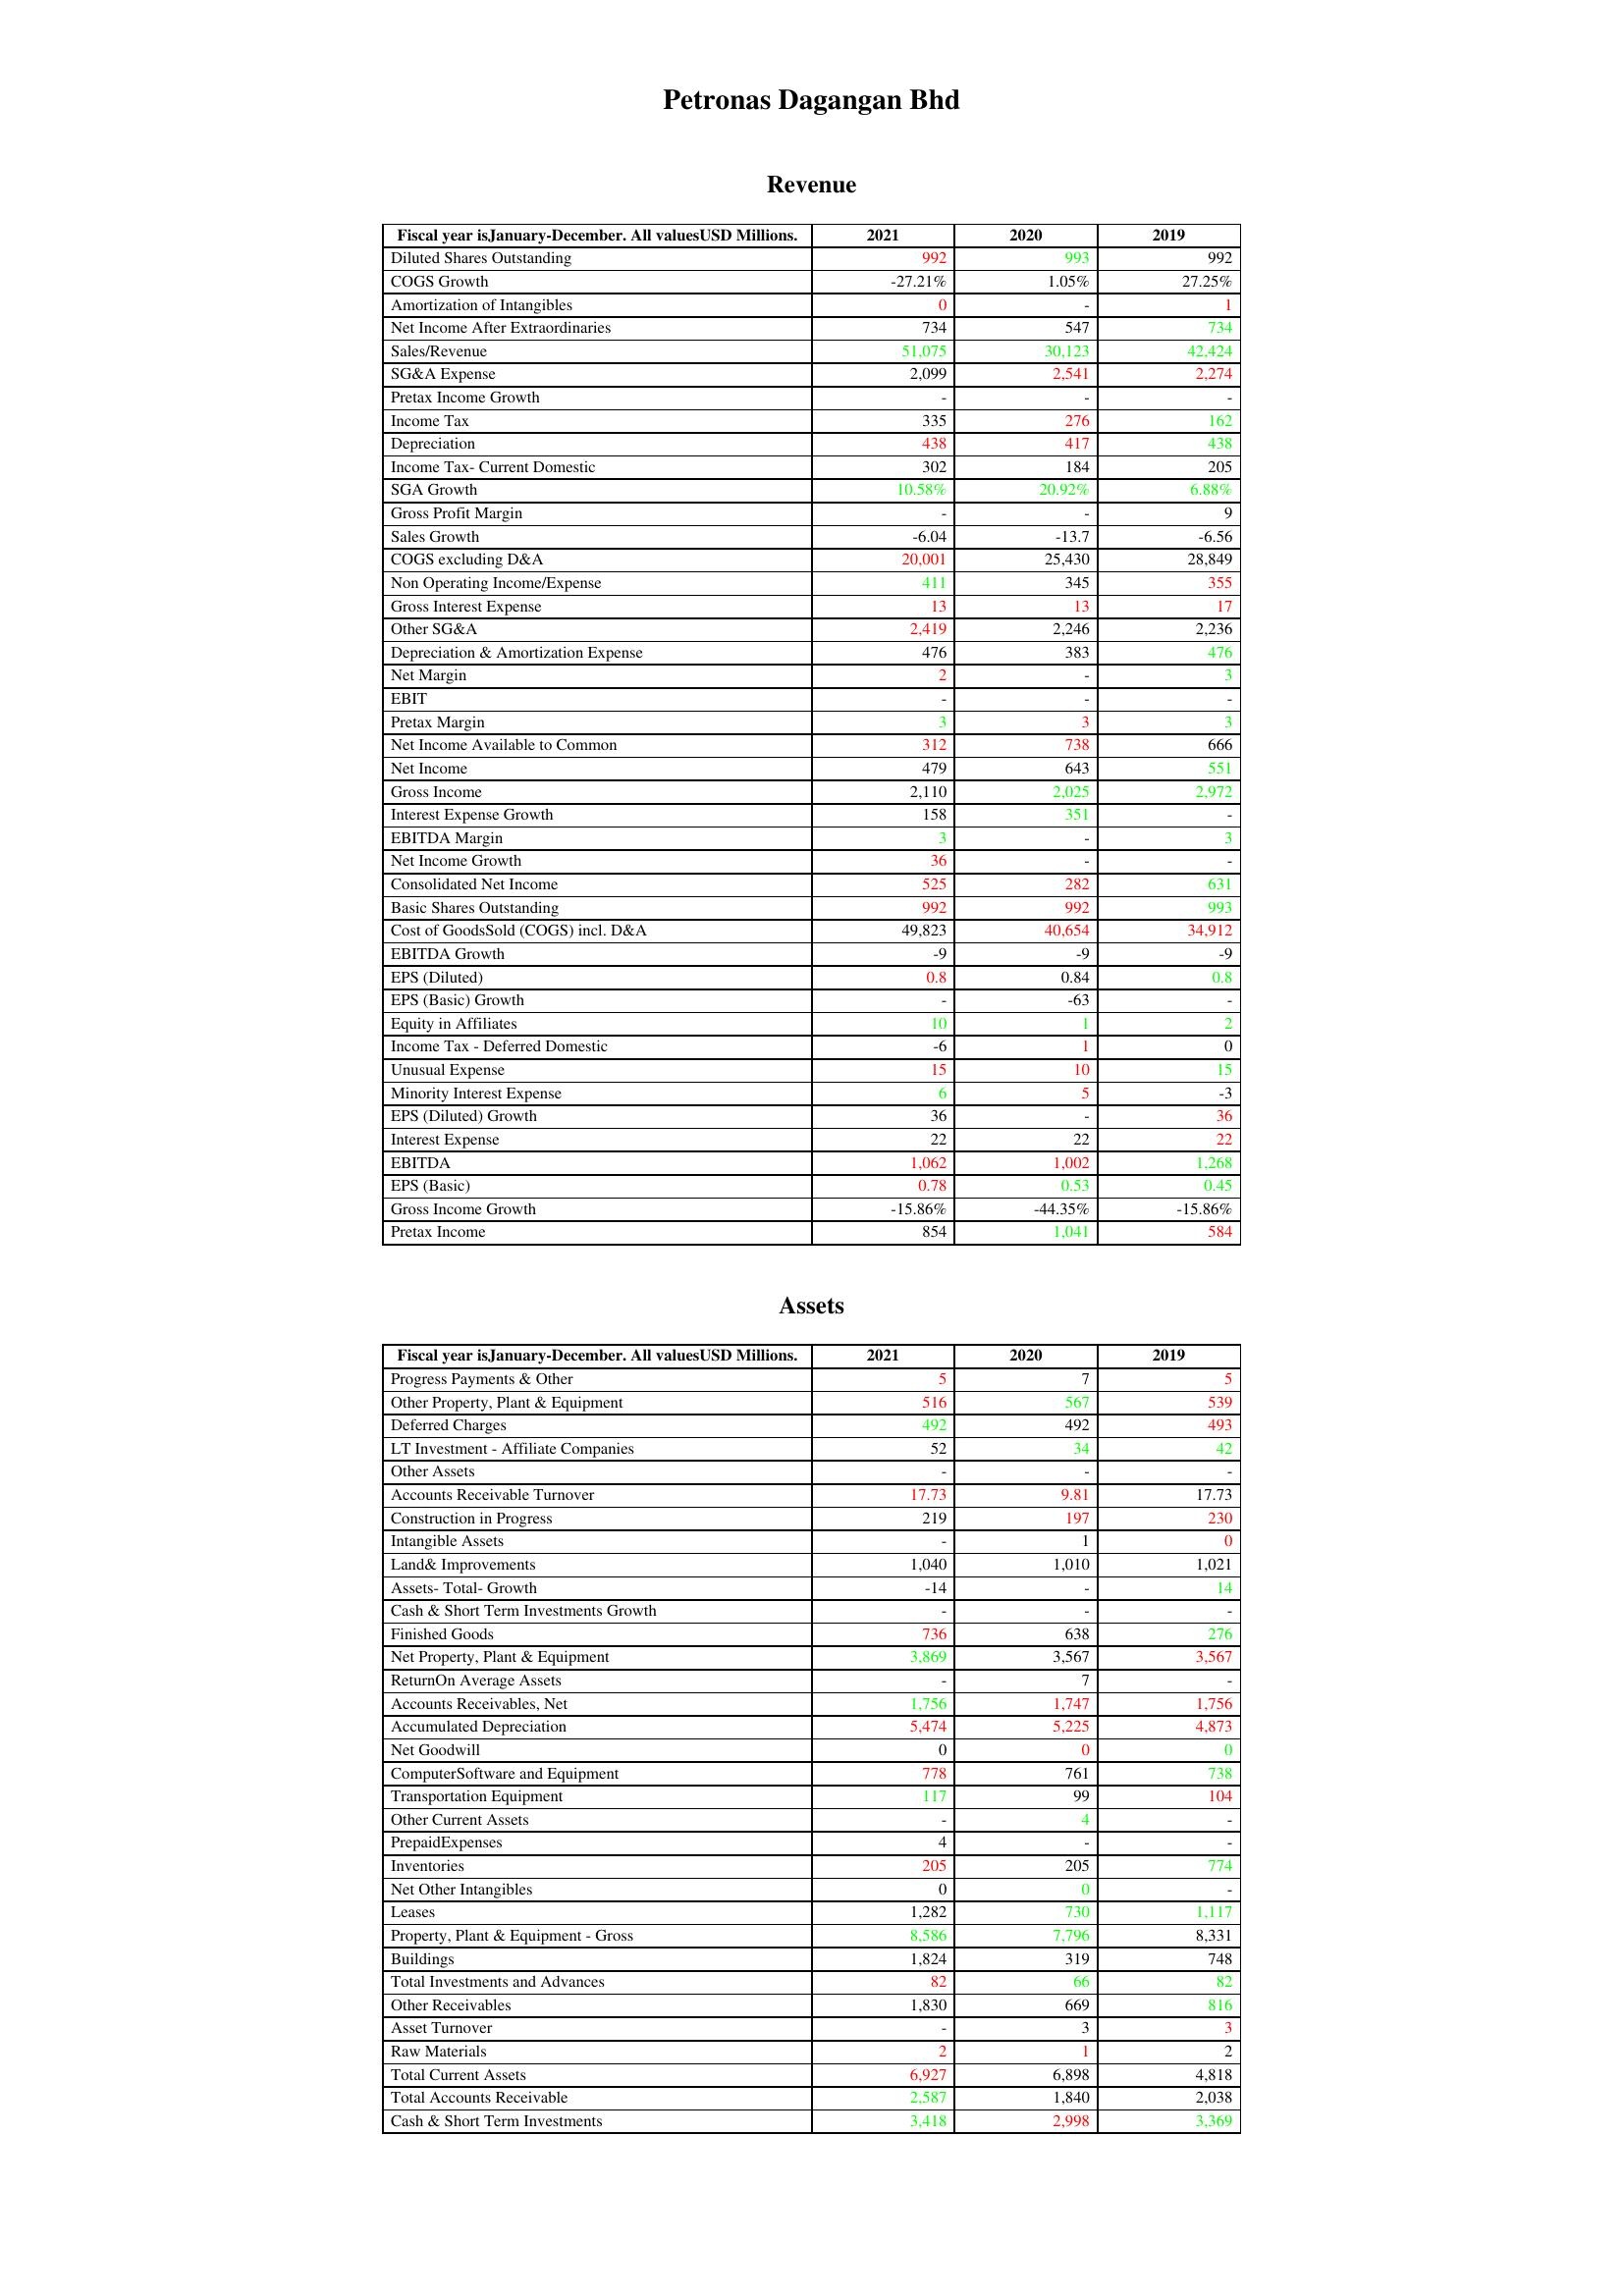
gt_parse: 2021: Revenue: Diluted Shares Outstanding: 992
COGS Growth: -27.21%
Amortization of Intangibles: 0
Net Income After Extraordinaries: 734
Sales/Revenue: 51,075
SG&A Expense: 2,099
Pretax Income Growth: -
Income Tax: 335
Depreciation: 438
Income Tax- Current Domestic: 302
SGA Growth: 10.58%
Gross Profit Margin: -
Sales Growth: -6.04
COGS excluding D&A: 20,001
Non Operating Income/Expense: 411
Gross Interest Expense: 13
Other SG&A: 2,419
Depreciation & Amortization Expense: 476
Net Margin: 2
EBIT: -
Pretax Margin: 3
Net Income Available to Common: 312
Net Income: 479
Gross Income: 2,110
Interest Expense Growth: 158
EBITDA Margin: 3
Net Income Growth: 36
Consolidated Net Income: 525
Basic Shares Outstanding: 992
Cost of GoodsSold (COGS) incl. D&A: 49,823
EBITDA Growth: -9
EPS (Diluted): 0.8
EPS (Basic) Growth: -
Equity in Affiliates: 10
Income Tax - Deferred Domestic: -6
Unusual Expense: 15
Minority Interest Expense: 6
EPS (Diluted) Growth: 36
Interest Expense: 22
EBITDA: 1,062
EPS (Basic): 0.78
Gross Income Growth: -15.86%
Pretax Income: 854
Assets: Progress Payments & Other: 5
Other Property, Plant & Equipment: 516
Deferred Charges: 492
LT Investment - Affiliate Companies: 52
Other Assets: -
Accounts Receivable Turnover: 17.73
Construction in Progress: 219
Intangible Assets: -
Land& Improvements: 1,040
Assets- Total- Growth: -14
Cash & Short Term Investments Growth: -
Finished Goods: 736
Net Property, Plant & Equipment: 3,869
ReturnOn Average Assets: -
Accounts Receivables, Net: 1,756
Accumulated Depreciation: 5,474
Net Goodwill: 0
ComputerSoftware and Equipment: 778
Transportation Equipment: 117
Other Current Assets: -
PrepaidExpenses: 4
Inventories: 205
Net Other Intangibles: 0
Leases: 1,282
Property, Plant & Equipment - Gross : 8,586
Buildings: 1,824
Total Investments and Advances: 82
Other Receivables: 1,830
Asset Turnover: -
Raw Materials: 2
Total Current Assets: 6,927
Total Accounts Receivable: 2,587
Cash & Short Term Investments: 3,418
2020: Revenue: Diluted Shares Outstanding: 993
COGS Growth: 1.05%
Amortization of Intangibles: -
Net Income After Extraordinaries: 547
Sales/Revenue: 30,123
SG&A Expense: 2,541
Pretax Income Growth: -
Income Tax: 276
Depreciation: 417
Income Tax- Current Domestic: 184
SGA Growth: 20.92%
Gross Profit Margin: -
Sales Growth: -13.7
COGS excluding D&A: 25,430
Non Operating Income/Expense: 345
Gross Interest Expense: 13
Other SG&A: 2,246
Depreciation & Amortization Expense: 383
Net Margin: -
EBIT: -
Pretax Margin: 3
Net Income Available to Common: 738
Net Income: 643
Gross Income: 2,025
Interest Expense Growth: 351
EBITDA Margin: -
Net Income Growth: -
Consolidated Net Income: 282
Basic Shares Outstanding: 992
Cost of GoodsSold (COGS) incl. D&A: 40,654
EBITDA Growth: -9
EPS (Diluted): 0.84
EPS (Basic) Growth: -63
Equity in Affiliates: 1
Income Tax - Deferred Domestic: 1
Unusual Expense: 10
Minority Interest Expense: 5
EPS (Diluted) Growth: -
Interest Expense: 22
EBITDA: 1,002
EPS (Basic): 0.53
Gross Income Growth: -44.35%
Pretax Income: 1,041
Assets: Progress Payments & Other: 7
Other Property, Plant & Equipment: 567
Deferred Charges: 492
LT Investment - Affiliate Companies: 34
Other Assets: -
Accounts Receivable Turnover: 9.81
Construction in Progress: 197
Intangible Assets: 1
Land& Improvements: 1,010
Assets- Total- Growth: -
Cash & Short Term Investments Growth: -
Finished Goods: 638
Net Property, Plant & Equipment: 3,567
ReturnOn Average Assets: 7
Accounts Receivables, Net: 1,747
Accumulated Depreciation: 5,225
Net Goodwill: 0
ComputerSoftware and Equipment: 761
Transportation Equipment: 99
Other Current Assets: 4
PrepaidExpenses: -
Inventories: 205
Net Other Intangibles: 0
Leases: 730
Property, Plant & Equipment - Gross : 7,796
Buildings: 319
Total Investments and Advances: 66
Other Receivables: 669
Asset Turnover: 3
Raw Materials: 1
Total Current Assets: 6,898
Total Accounts Receivable: 1,840
Cash & Short Term Investments: 2,998
2019: Revenue: Diluted Shares Outstanding: 992
COGS Growth: 27.25%
Amortization of Intangibles: 1
Net Income After Extraordinaries: 734
Sales/Revenue: 42,424
SG&A Expense: 2,274
Pretax Income Growth: -
Income Tax: 162
Depreciation: 438
Income Tax- Current Domestic: 205
SGA Growth: 6.88%
Gross Profit Margin: 9
Sales Growth: -6.56
COGS excluding D&A: 28,849
Non Operating Income/Expense: 355
Gross Interest Expense: 17
Other SG&A: 2,236
Depreciation & Amortization Expense: 476
Net Margin: 3
EBIT: -
Pretax Margin: 3
Net Income Available to Common: 666
Net Income: 551
Gross Income: 2,972
Interest Expense Growth: -
EBITDA Margin: 3
Net Income Growth: -
Consolidated Net Income: 631
Basic Shares Outstanding: 993
Cost of GoodsSold (COGS) incl. D&A: 34,912
EBITDA Growth: -9
EPS (Diluted): 0.8
EPS (Basic) Growth: -
Equity in Affiliates: 2
Income Tax - Deferred Domestic: 0
Unusual Expense: 15
Minority Interest Expense: -3
EPS (Diluted) Growth: 36
Interest Expense: 22
EBITDA: 1,268
EPS (Basic): 0.45
Gross Income Growth: -15.86%
Pretax Income: 584
Assets: Progress Payments & Other: 5
Other Property, Plant & Equipment: 539
Deferred Charges: 493
LT Investment - Affiliate Companies: 42
Other Assets: -
Accounts Receivable Turnover: 17.73
Construction in Progress: 230
Intangible Assets: 0
Land& Improvements: 1,021
Assets- Total- Growth: 14
Cash & Short Term Investments Growth: -
Finished Goods: 276
Net Property, Plant & Equipment: 3,567
ReturnOn Average Assets: -
Accounts Receivables, Net: 1,756
Accumulated Depreciation: 4,873
Net Goodwill: 0
ComputerSoftware and Equipment: 738
Transportation Equipment: 104
Other Current Assets: -
PrepaidExpenses: -
Inventories: 774
Net Other Intangibles: -
Leases: 1,117
Property, Plant & Equipment - Gross : 8,331
Buildings: 748
Total Investments and Advances: 82
Other Receivables: 816
Asset Turnover: 3
Raw Materials: 2
Total Current Assets: 4,818
Total Accounts Receivable: 2,038
Cash & Short Term Investments: 3,369